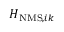
H _ { \mathrm { N M S } , i k }